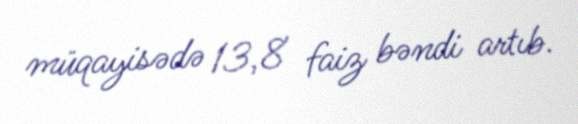
müqayisədə 13,8 faiz bəndi artıb.